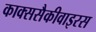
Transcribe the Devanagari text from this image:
काक्ससैकीवाइरस